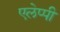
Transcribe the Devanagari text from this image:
एलेप्पी